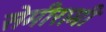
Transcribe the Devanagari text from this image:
सेमीरामी